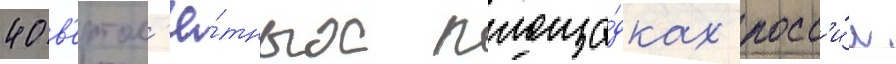
40 в'ертол'ё́тных площа́дках росс'и́и